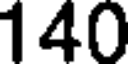
140